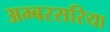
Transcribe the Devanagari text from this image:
अम्बरसरिया